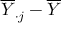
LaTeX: { \overline { { Y } } } _ { \cdot j } - { \overline { { Y } } }